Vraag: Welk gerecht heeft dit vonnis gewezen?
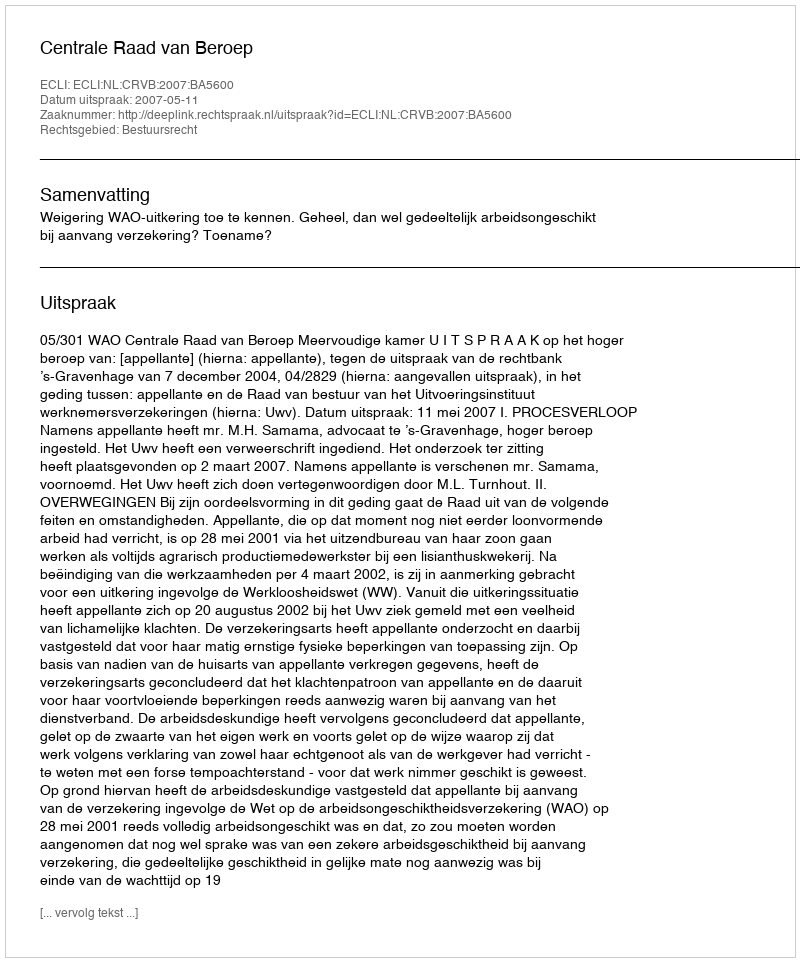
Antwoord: Centrale Raad van Beroep